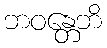
ဘဝန္တေဘိ